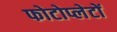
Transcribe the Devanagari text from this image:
फोटोप्लेटों